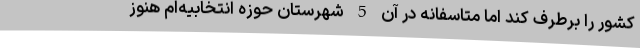
کشور را برطرف کند اما متاسفانه در آن 5 شهرستان حوزه انتخابیه‌ام هنوز